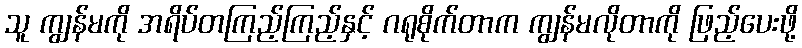
သူ ကျွန်မကို အရိပ်တကြည့်ကြည့်နှင့် ဂရုစိုက်တာက ကျွန်မလိုတာကို ဖြည့်ပေးဖို့